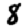
Digit: 8